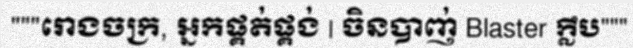
"""រោងចក្រ, អ្នកផ្គត់ផ្គង់ | ចិនបាញ់ Blaster ក្លឹប"""